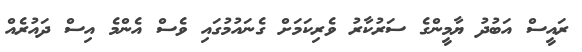
ރައީސް އަބުދު ޔާމީންގެ ސަރުކާރު ވެރިކަމަށް ގެނައުމުގައި ވެސް އެންމެ އިސް ދައުރެއް